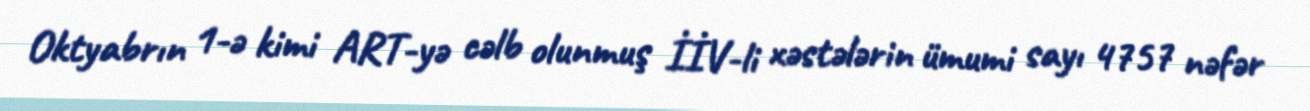
Oktyabrın 1-ə kimi ART-yə cəlb olunmuş İİV-li xəstələrin ümumi sayı 4757 nəfər